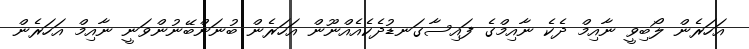
އަހަރެން ލޯބިވީ ނާއިމް ދެކެ ނާއިމްގެ ފައިސާގަނޑުދެކެއެއްނޫން އަހަރެން ބުނަންބޭނުންވަނީ ނާއިމް އަހަރެން